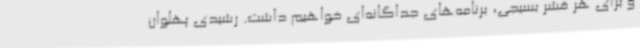
و برای هر قشر بسیجی، برنامه‌های جداگانه‌ای خواهیم داشت. رشیدی پهلوان